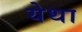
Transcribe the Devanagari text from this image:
येथा